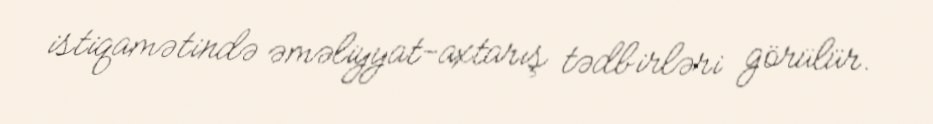
istiqamətində əməliyyat-axtarış tədbirləri görülür.